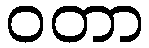
ဝတာ